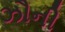
ઝૌની